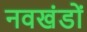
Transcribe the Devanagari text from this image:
नवखंडों